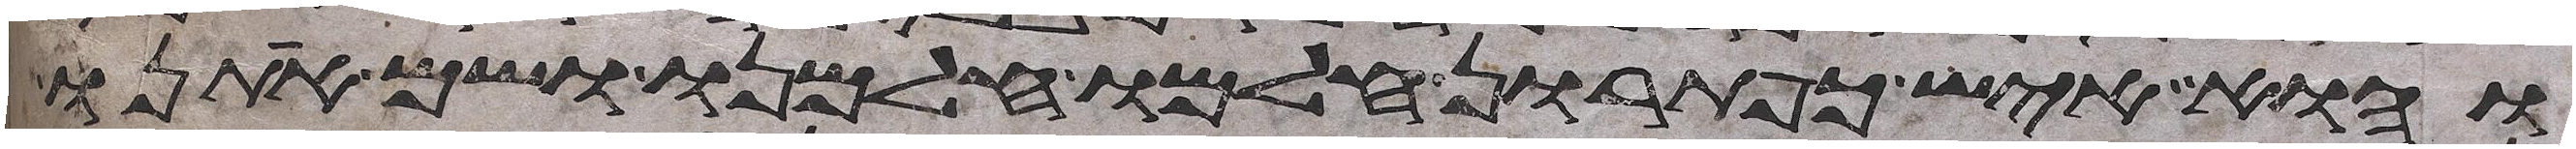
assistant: והוא איש כפתרון חלמו חלמנו ושם אתנו